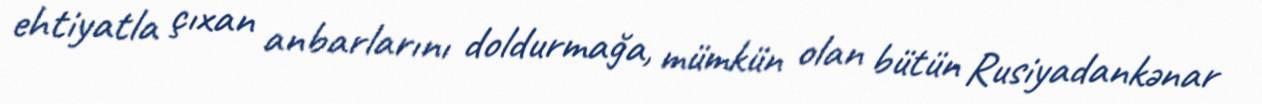
ehtiyatla çıxan anbarlarını doldurmağa, mümkün olan bütün Rusiyadankənar